Vital statistics of India. Vol. IV, Annual returns from 1871 to 1876. British Army of India, Native Army and jails of Bengal
Year: 1871
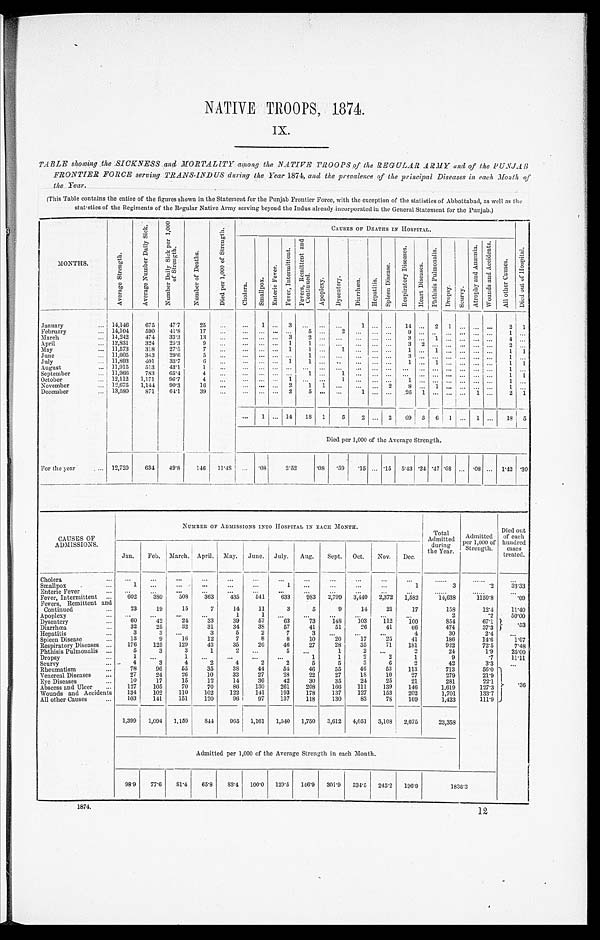
NATIVE TROOPS, 1874.
IX.
TABLE showing the SICKNESS and MORTALITY among the NATIVE TROOPS of the REGULAR ARMY and of the PUNJAB
FRONTIER FORCE serving TRANS-INDUS during the Year 1874, and the prevalence of the principal Diseases in each Month of
t he Year .
(This Table contains the entire of the figures shown in the Statement for the Punjab Frontier Force, with the exception of the statistics of Abbottabad, as well as the
statistics of the Regiments of the Regular Native Army serving beyond the Indus already incorporated in the General Statement for the Punjab.)
MONTHS.
A v e r a g e S t r e n g t h .
A v e r a g e N u m b e r D a i l y S i c k .
N u m b e r D a i l y S i c k p e r 1 , 0 0 0
o f S t r e n g t h .
N u m b e r o f D e a t h s .
D i e d p e r 1 , 0 0 0 o f S t r e n g t h .
C A U S E S O F D E A T H S I N H O S P I T A L .
Di ed out of Hos pi t al .
C h o l e r a .
S m a l l p o x .
E n t e r i c F e v e r .
F e v e r , I n t e r m i t t e n t . F e v e r s , R e m i t t e n t a n d
C o n t i n u e d .
A p o p l e x y .
D y s e n t e r y .
D i a r r h œ a . H e p a t i t i s .
S p l e e n D i s e a s e s .
R e s p i r a t o r y D i s e a s e s .
H e a r t D i s e a s e s . P h t h i s i s P u l m o n a l i s .
D r o p s y . S c u r v y .
A t r o p h y a n d A n æ m i a . W o u n d s a n d A c c i d e n t s .
A l l o t h e r C a u s e s .
January
14,146 675 47.7 25
1
3
1
14 2 1
2
1
February
14,104 590 41.8 17
5
2
9
1
March
14,242 474 33.3 13
3
2
3 1
4
April
12,831 324 25.3
9
1
1
3 2
2
May
1 1 , 5 7 3 318 27.5
7
1 1
1
1 1
1 1
June
11,605 343 29.6
5
1
3
1
July
11,893 401 33.7
6
1 1
1
1
1 1
August
11,915 513 43.1
1
1
September
11,966 783 65.4
4
1
1
1 1
October
12,112 1,171
9 6 . 7
4
1
1
1
1
November
12,675 1,144 90.3 16
2
1 1
2 8 1
1
December
13,580 871 64.1 39
2 5
1
26 1
1
2 1
1 14 18 1 5 2
2
6 9 3 6 1
1
18 5
Died per 1,000 of the Average Strength.
For the year
12,720 634 49.8 146 11.48
.08 2 . 5 2
. 0 8 .39 . 1 5
. 1 5 5.43 .24 .47 .08
. 08 1.42 . 39
CAUSES OF
ADMISSIONS.
NUMBER OF ADMISSIONS INTO HOSPITAL IN EACH MONTH.
Total
Admitted during
the Year.
Admitted
per 1,000 of
Strength.
Died out
of each
hundred cases
treated.
Jan. Feb. March. April. May. June. July. Aug. Sept. Oct. Nov. Dec.
Cholera Smallpox
1
1
1
3
. 2 3 3 . 3 3
Enteric Fever
Fever, Intermittent
602 380 508 363 435 541 633 983 2,799 3,440 2,372 1,582
14,638
1150.8
.09
Fevers, Remittent and
Continued
23 19 15
7 14 11
3
5
9 14 21 17
158
12.4 1 1 . 4 0
Apoplexy
1
1
2
.2 5 0 . 0 0
Dysentery
60 42 24 33 39 57 63 73 148 103 112 100
854
67.1 .53
Diarrhœa
32 25 32 31 34 38 57 41 51 26 41 66
474
37.3
Hepatitis
3
3
3
5
2
7
3
4
30
2.4
Spleen Disease
13
9 16 12
7
8
8 10 20 17 25 41
186
14.6 1 . 0 7
Respiratory Diseases
176 125 129 43 35 26 46 27 28 35 71 181
922
72.5 7 . 4 8
Phthisis Pulmonalis
5
3
3
1
2
5
1 2
2
24
1.9 2 5 . 0 0
Dropsy
1
1
1
1
2
2
1
9
.7 11.11
Scurvy
4
3
4
2
4
2
2
5
5
3
6
2
42
3.3
Rheumatism
78 96 55 35 38 44 54 46 55 46 53 113
713
56.0
.36
Venereal Diseases
27 24 26 10 33 27 28 22 27 18 10 27
279
21.9
Eye Diseases
10 17 15 12 14 36 42 30 35 24 25 21
281
22.1
Abscess and Ulcer
127 105 70 70 86 130 261 208 166 111 139 146
1,619
1 2 7 . 3
Wounds and Accidents 134 102 110 102 122 141 193 178 137 127 153 202
1,701
133.7
All other Causes
103 141 151 120 96 97 137 118 130 83 78 169
1,423
111.9
1,399 1,094 1,159 844 965 1,161 1,540 1,750 3,612 4,051 3,108 2,675
23,358
Admitted per 1,000 of the Average Strength in each Month.
98.9 77.6 81.4 65.8 83.4 100.0 129.5 146.9 301.9 334. 5 245.2 196.9
1836.3
1874.